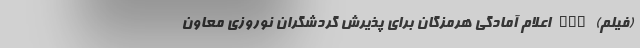
(فیلم) nan اعلام آمادگی هرمزگان برای پذیرش گردشگران نوروزی معاون